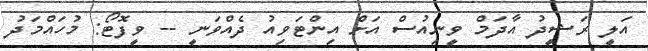
އަލީ ރަޝީދު އާދަމް ވީނިއުސް އަށް އިންޓަވިއު ދެއްވަނީ -- ވީފޮޓޯ: މުހައްމަދު